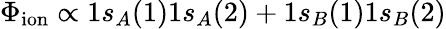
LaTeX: \Phi_{\mathrm{ion}}\propto 1s_{A}(1)1s_{A}(2)+1s_{B}(1)1s_{B}(2)